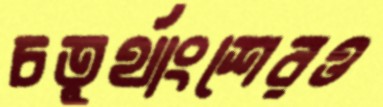
চতুর্থাংশেরও